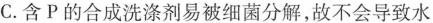
C.含Р的合成洗涤剂易被细菌分解，故不会导致水